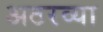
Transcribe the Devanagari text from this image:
अठरव्या